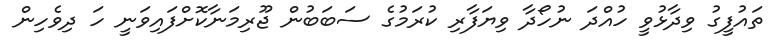
ތައުފީގު ވިދާޅުވީ ހުއްދަ ނުހޯދާ ވިޔަފާރި ކުރަމުުގެ ސަބަބުން ޖޫރިމަނާކޮށްފައިވަނީ ހަ ދިވެހިން